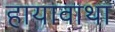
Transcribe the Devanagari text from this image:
हायावाथा